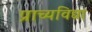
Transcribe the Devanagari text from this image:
प्राच्‍यविद्या